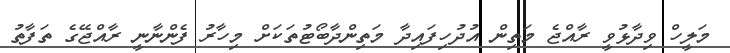
މަލީހް ވިދާޅުވީ ރާއްޖެ މަތިން އުދުހިފައިދާ މަތިންދާބޯޓުތަކަށް މިހާރު ފެންނާނީ ރާއްޖޭގެ ތަފާތު